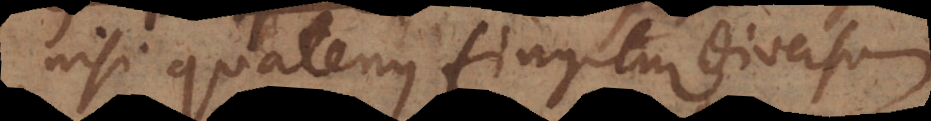
nisi quatenus fingitur diversum